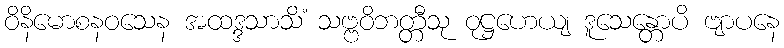
ဝိနိမောစနဝသေန အထဒ္ဒသာသိံ သဗ္ဗဝိဘတ္တီသု ဝုဋ္ဌဟေယျ ဒူသေန္တောပိ ဗျာပနေ